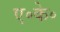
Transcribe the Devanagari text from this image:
ए॰के॰